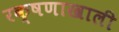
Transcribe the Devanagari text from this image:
रक्षणाखाली